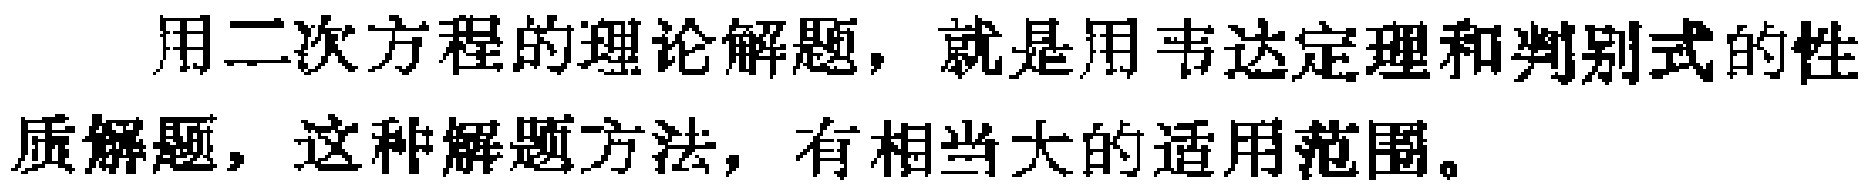
用二次方程的理论解题，就是用韦达定理和判别式的性质解题，这种解题方法，有相当大的适用范围。